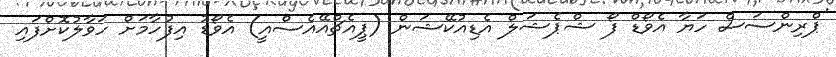
'ޕްރިންސަސް ހަޔާ އެވޯޑް ފޯ ޝްޕެޝަލް އެޑިއުކޭޝަން (ޕީއެޗްއޭއެސްއީ) އެވޯޑު އިފުހާމަށް ހަވާލުކޮށްފައި